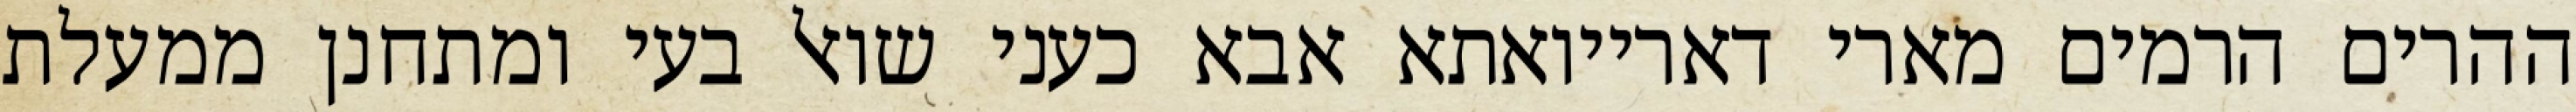
ההרים הרמים מארי דארייואתא אבא כעני שואל בעי ומתחנן ממעלת